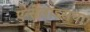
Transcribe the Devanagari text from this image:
एन्सेलाडसचा